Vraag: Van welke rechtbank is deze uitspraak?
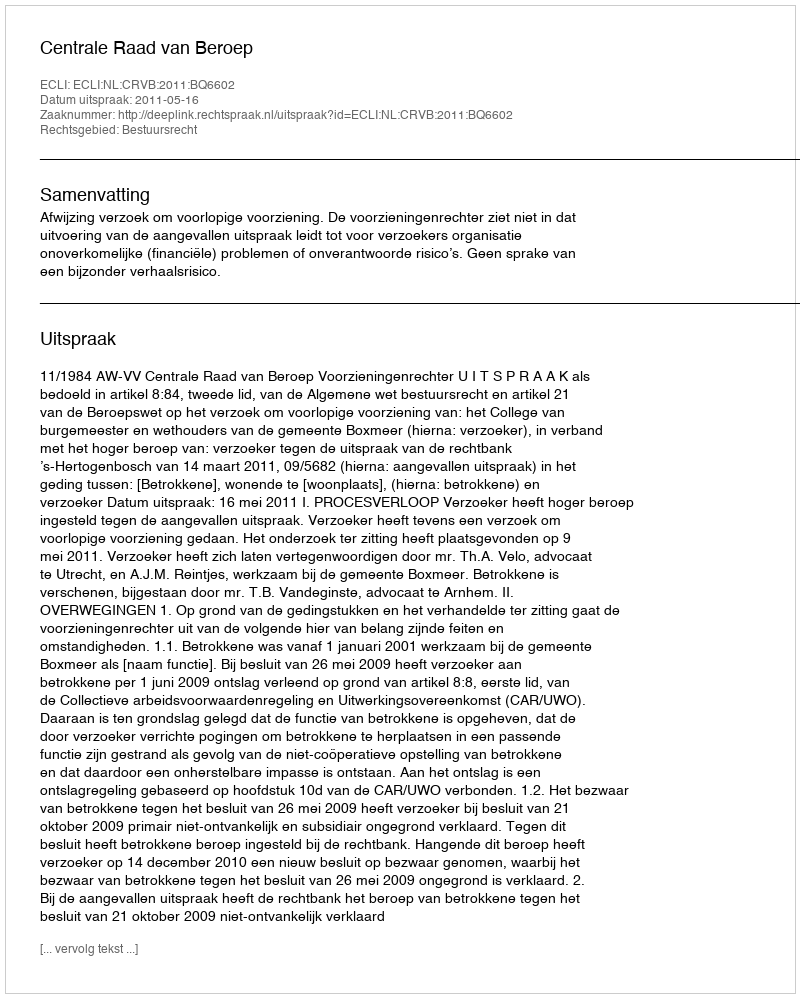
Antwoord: Centrale Raad van Beroep